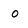
Character: o